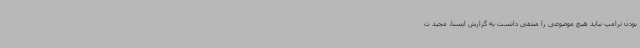
بودن ترامپ نباید هیچ موضوعی را منتفی دانست به گزارش ایسنا، مجید ت